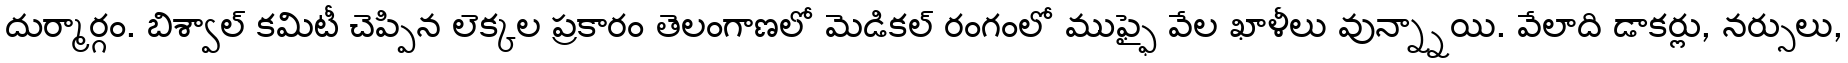
దుర్మార్గం. బిశ్వాల్ కమిటీ చెప్పిన లెక్కల ప్రకారం తెలంగాణలో మెడికల్ రంగంలో ముఫ్ఫై వేల ఖాళీలు వున్న్నాయి. వేలాది డాకర్లు, నర్సులు,